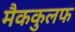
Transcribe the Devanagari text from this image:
मैककुलफ